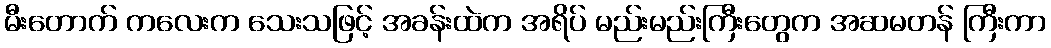
မီးတောက် ကလေးက သေးသဖြင့် အခန်းထဲက အရိပ် မည်းမည်းကြီးတွေက အဆမတန် ကြီးကာ